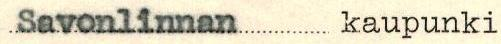
Savonlinnan kaupunki